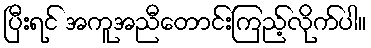
ပြီးရင် အကူအညီတောင်းကြည့်လိုက်ပါ။